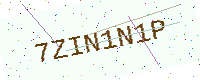
Text: 7ZIN1N1P